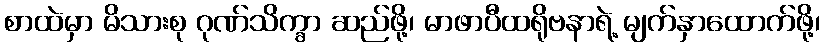
စာထဲမှာ မိသားစု ဂုဏ်သိက္ခာ ဆည်ဖို့၊ မာဖာပီထရိုဗနာရဲ့ မျက်နှာထောက်ဖို့၊